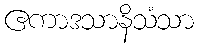
ဧကာဒသာနိသံသာ